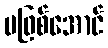
မဖြစ်အောင်